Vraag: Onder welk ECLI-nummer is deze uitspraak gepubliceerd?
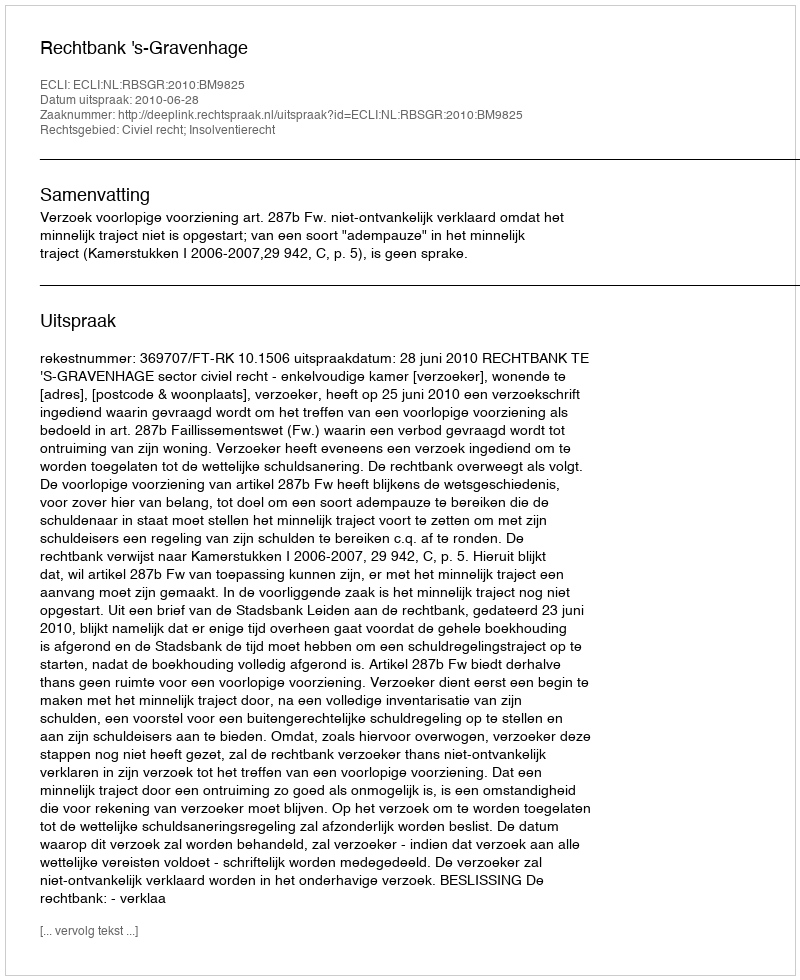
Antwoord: ECLI:NL:RBSGR:2010:BM9825